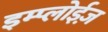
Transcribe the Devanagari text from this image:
इम्प्लोईज़